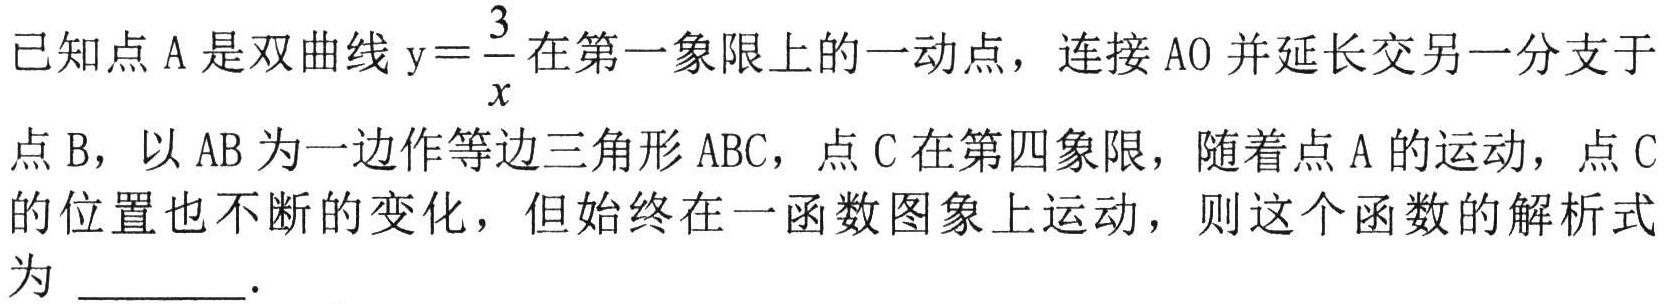
已知点\(A\)是双曲线\(y = \dfrac{3}{x}\)在第一象限上的一动点，连接\(AO\)并延长交另一分支于点\(B\)，以\(AB\)为一边作等边三角形\(ABC\)，点\(C\)在第四象限，随着点\(A\)的运动，点\(C\)的位置也不断的变化，但始终在一函数图象上运动，则这个函数的解析式为 \(\underline{\quad\quad}\).